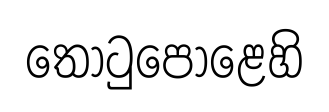
තොටුපොළෙහි